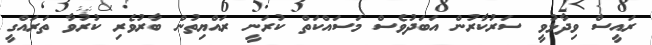
ރައީސް ވިދާޅުވީ ސަރުކާރުން އަބަދުވެސް މަސައްކަތް ކުރަނީ ރައްޔިތުން ބާރުވެރި ކުރުވާ ތަރައްގީ